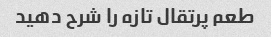
طعم پرتقال تازه را شرح دهید